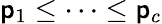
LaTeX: \mathsf{p}_{1}\leq\cdots\leq\mathsf{p}_{c}